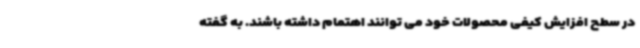
در سطح افزایش کیفی محصولات خود می توانند اهتمام داشته باشند. به گفته